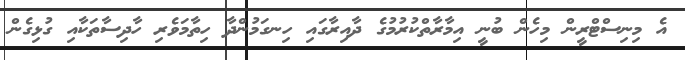
އެ މިނިސްޓްރީން މިހެން ބުނީ އިމާރާތްކުރުމުގެ ދާއިރާގައި ހިނގަމުންދާ ހިތާމަވެރި ހާދިސާތަކާއި ގުޅިގެން